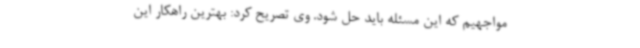
مواجهیم که این مسئله باید حل شود. وی تصریح کرد: بهترین راهکار این